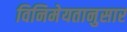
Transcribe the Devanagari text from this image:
विनिमेयतानुसार